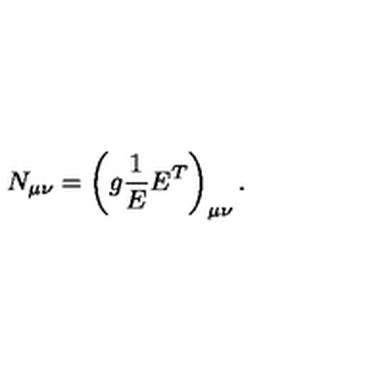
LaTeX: N _ { \mu \nu } = \left( g \frac { 1 } { E } E ^ { T } \right) _ { \mu \nu } .